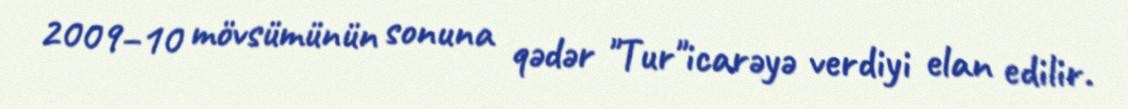
2009–10 mövsümünün sonuna qədər "Tur"icarəyə verdiyi elan edilir.